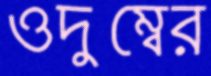
ওদুম্বের